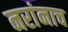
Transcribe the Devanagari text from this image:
नरांनाच